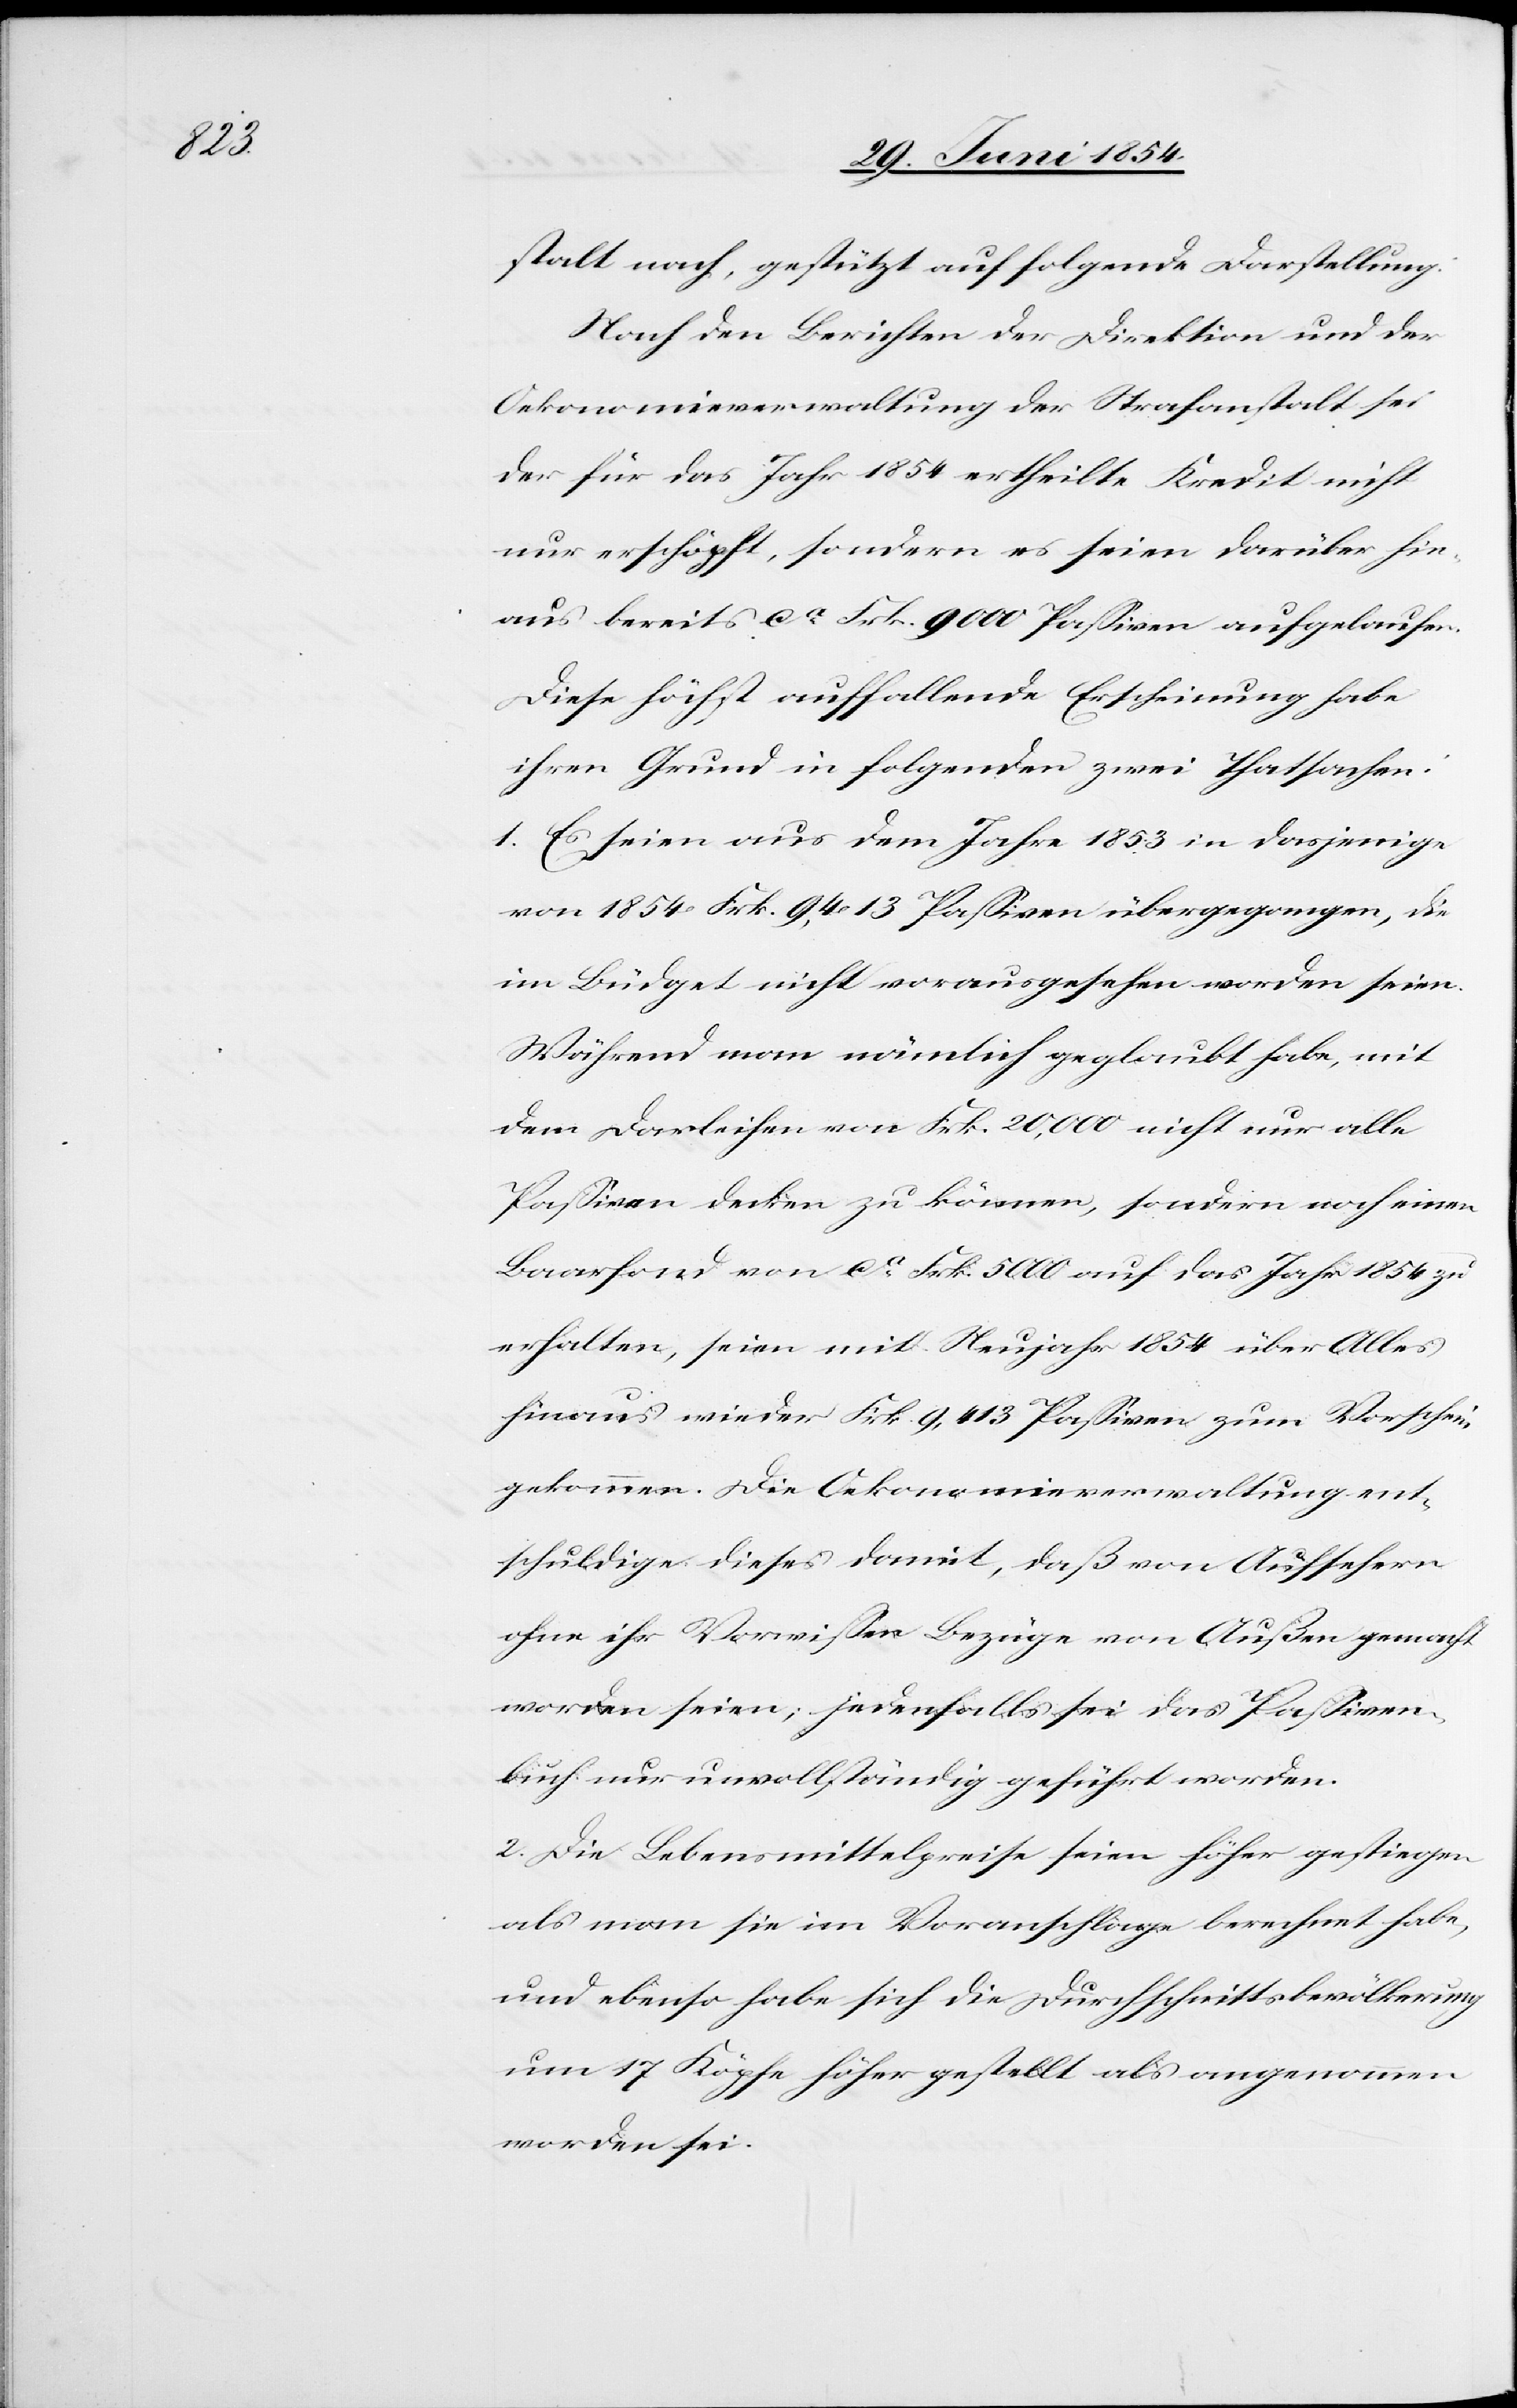
stalt nach, gestützt auf folgende Darstellung:
Nach den Berichten der Direktion und der
Oekonomieverwaltung der Strafanstalt sei
der für das Jahr 1854 ertheilte Kredit nicht
nur erschöpft, sondern es seien darüber hin¬
aus bereits ca Frk. 9000 Paßiven aufgelaufen.
Diese höchst auffallende Erscheinung habe
ihren Grund in folgenden zwei Thatsachen:
1. Es sein aus dem Jahre 1853 in dasjenige
von 1854 Frk. 9,413 Paßiven übergegangen, die
im Büdget nicht vorausgesehen worden seien.
Während man nämlich geglaubt habe, mit
dem Darleihen von Frk. 20,000 nicht nur alle
Paßiven decken zu können, sondern noch einen
Baarfond von ca Frk. 500 auf das Jahr 1854 zu
erhalten, seien mit Neujahr 1854 über Alles
hinaus wieder Frk. 9,413 Paßiven zum Vorschein
gekommen. Die Oekonomieverwaltung ent¬
schuldige dieses damit, daß von Aufsehern
ohne ihr Vorwißen Bezüge von Außen gemacht
worden seien; jedenfalls sei das Paßiven¬
buch nur unvollständig geführt worden.
2. Die Lebensmittelpreise seien höher gestiegen
als man sie im Voranschlage berechnet habe,
und ebenso habe sich die Durchschnittsbevölkerung
um 17 Köpfe höher gestellt als angenommen
worden sei.